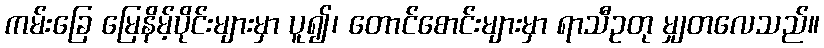
ကမ်းခြေ မြေနိမ့်ပိုင်းများမှာ ပူ၍၊ တောင်စောင်းများမှာ ရာသီဥတု မျှတလေသည်။